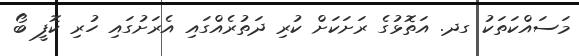
މަސައްކަތަކު ގދ. އަތޮޅުގެ ރަށަކަށް ކުރި ދަތުރެއްގައި އެރަށުގައި ހުރި ކޮފީ ބޯ